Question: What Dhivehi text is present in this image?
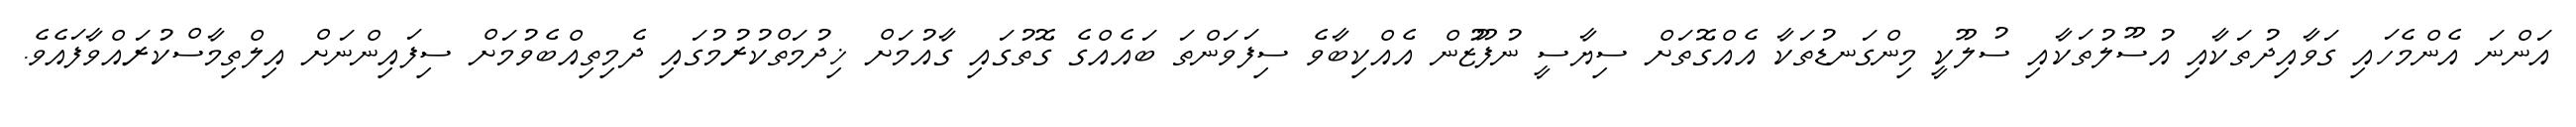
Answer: އަންނަ އެންމެހައި ގަވާއިދުތަކާއި އުސޫލުތަކާއި ސުލޫކީ މިންގަނޑުތަކާ އެއްގޮތަށް ސިޔާސީ ނުފޫޒުން އެއްކިބާވެ ސިފަވަންތަ ބައެއްގެ ގޮތުގައި ގާއުމަށް ޚިދުމަތްކުރުމުގައި ދެމިތިއްބެވުމަށް ސިފައިންނަށް އިލްތިމާސްކުރައްވާފައެވެ.